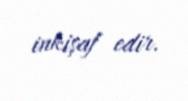
inkişaf edir.